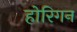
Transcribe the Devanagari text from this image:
होरिगन